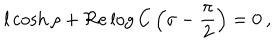
LaTeX: l \cosh \rho + \Re e \log C \left( \sigma - \displaystyle \frac { \pi } { 2 } \right) = 0 \: ,